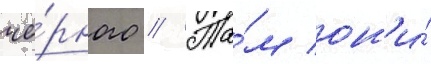
чё́рного // Та́м он'и́